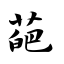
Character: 葩